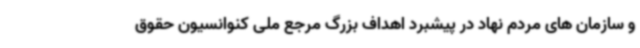
و سازمان های مردم نهاد در پیشبرد اهداف بزرگ مرجع ملی کنوانسیون حقوق